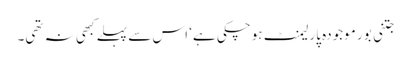
جتنی بور موجودہ پارلیمنٹ ہوچکی ہے‘ اس سے پہلے کبھی نہ تھی۔